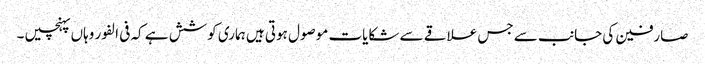
صارفین کی جانب سے جس علاقے سے شکایات موصول ہوتی ہیں ہماری کوشش ہے کہ فی الفور وہاں پہنچیں ۔